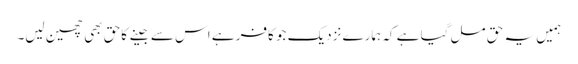
ہمیں یہ حق مل گیا ہے کہ ہمارے نزدیک جو کافر ہے اس سے جینے کاحق بھی چھین لیں۔